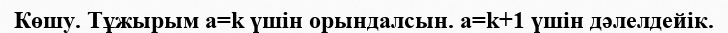
Көшу. Тұжырым a=k үшін орындалсын. a=k+1 үшін дәлелдейік.